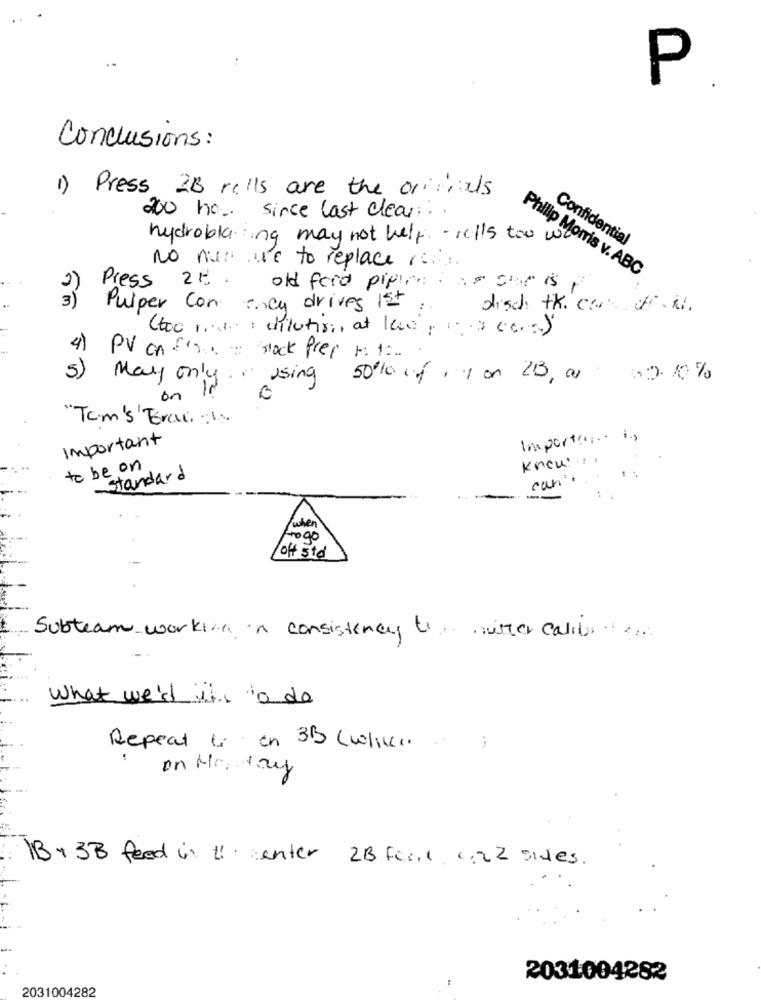
P
Conclusions:
1) Press 2B cells are the orifials
200 ho .. since last clear :..
hydrobla ing may not help - rells too w
Confidential
No nun we to replace re
Philip Morris v. ABC
2)
Press 20 . old feed pip! is
3)
Pulper con ency drives 1st .
disch the cars off il .
too mint : dilution at lee, 1-200=)
4)
PV onf'S mock prep 1 1:
5)
May only . using 5010 of , 1 on 23, as
1 02.10%
on
"Tom's"Trac:"
Important
Importe
Knew ..
to be on
standard
can'
when
Frogo
--
off std
Subteam working in consistency twitter calib .....
what we'd it's to do
Repeat to on 3B (wlive.
on Ho. try
13+ 3B feed in 11 enter 23 ferie 4.22 sides.
2031004282
2031004282